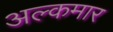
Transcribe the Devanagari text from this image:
अल्कमार